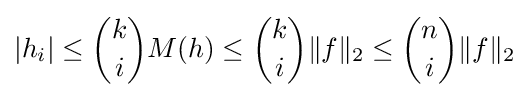
|h_{i}|\leq {\binom {k}{i}}M(h)\leq {\binom {k}{i}}\|f\|_{2}\leq {\binom {n}{i}}\|f\|_{2}